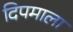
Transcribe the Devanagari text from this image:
दिपमाला